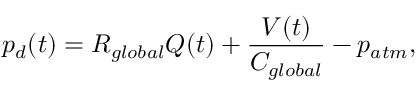
p _ { d } ( t ) = R _ { g l o b a l } Q ( t ) + \frac { V ( t ) } { C _ { g l o b a l } } - p _ { a t m } ,